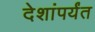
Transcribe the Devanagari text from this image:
देशांपर्यंत